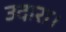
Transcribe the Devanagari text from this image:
उदारा।